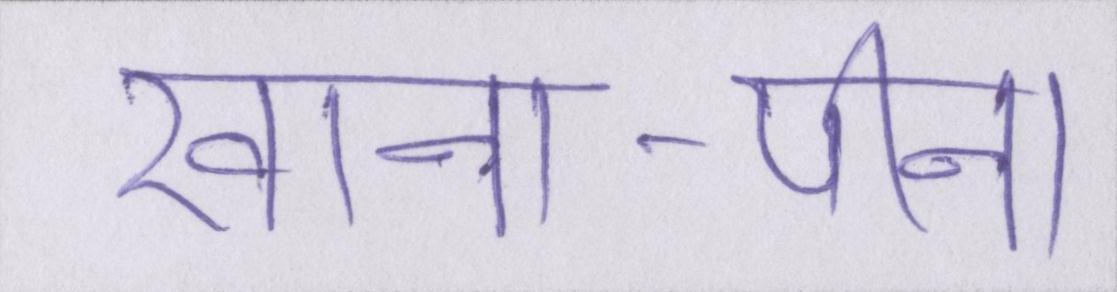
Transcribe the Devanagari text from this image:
खाना-पीना